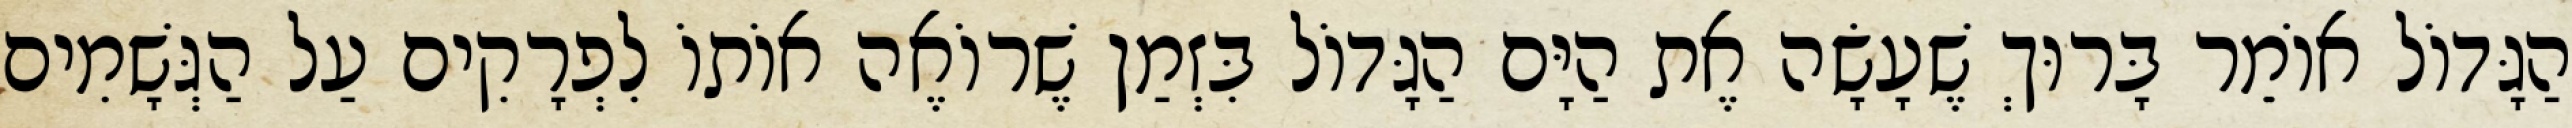
הַגָּדוֹל אוֹמֵר בָּרוּךְ שֶׁעָשָׂה אֶת הַיָּם הַגָּדוֹל בִּזְמַן שֶׁרוֹאֶה אוֹתוֹ לִפְרָקִים עַל הַגְּשָׁמִים